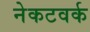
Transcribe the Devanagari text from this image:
नेकटवर्क